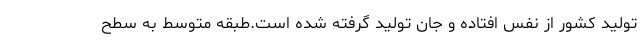
تولید کشور از نفس افتاده و جان تولید گرفته شده است.طبقه متوسط به سطح